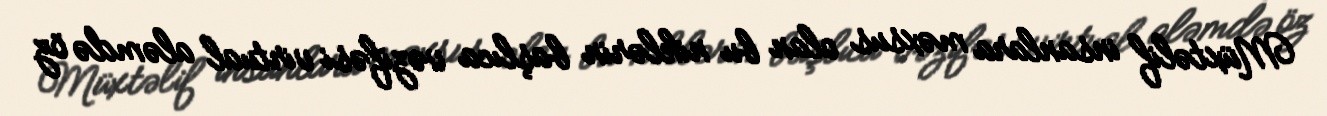
Müxtəlif insanlara məxsus olan bu niklərin başlıca vəzifəsi virtual aləmdə öz